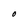
Character: O